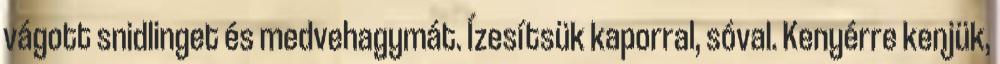
vágott snidlinget és medvehagymát. Ízesítsük kaporral, sóval. Kenyérre kenjük,